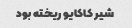
شیر کاکایو ریخته بود